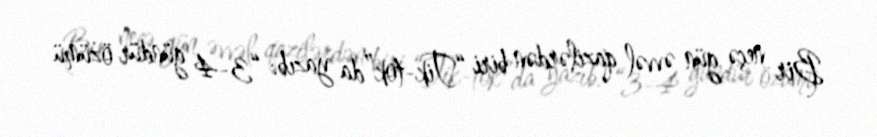
Bir neçə gün əvvəl qazilərdən biri “Tik-tok”da yazıb: “3-4 gündür özümü